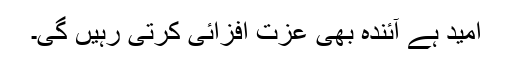
امید ہے آئندہ بھی عزت افزائی کرتی رہیں گی۔